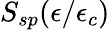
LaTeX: S_{sp}(\epsilon/\epsilon_{c})